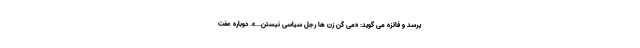
پرسد و فائزه می گوید: «می گن زن ها رجل سیاسی نیستن...». دوباره عفت